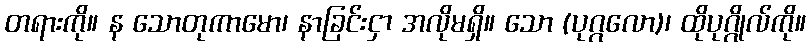
တရားကို။ န သောတုကာမော၊ နာခြင်းငှာ အလိုမရှိ။ သော (ပုဂ္ဂလော)၊ ထိုပုဂ္ဂိုလ်ကို။